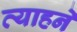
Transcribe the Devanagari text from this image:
व्याहने